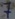
Text: 7